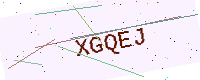
Text: XGQEJ